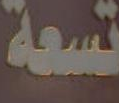
تسعة